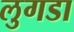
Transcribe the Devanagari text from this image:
लुगडा